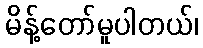
မိန့်တော်မူပါတယ်၊